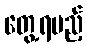
တွေ့ရမည့်